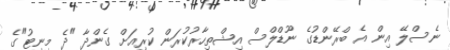
ނެސްލޭ އިން އެ ބްރޭންޑުގެ ނޫޑްލްސް އިޝްތިހާރުކުރަން ކުރިއަށް ގެންދާ "ދެ މިނިޓު"ގެ